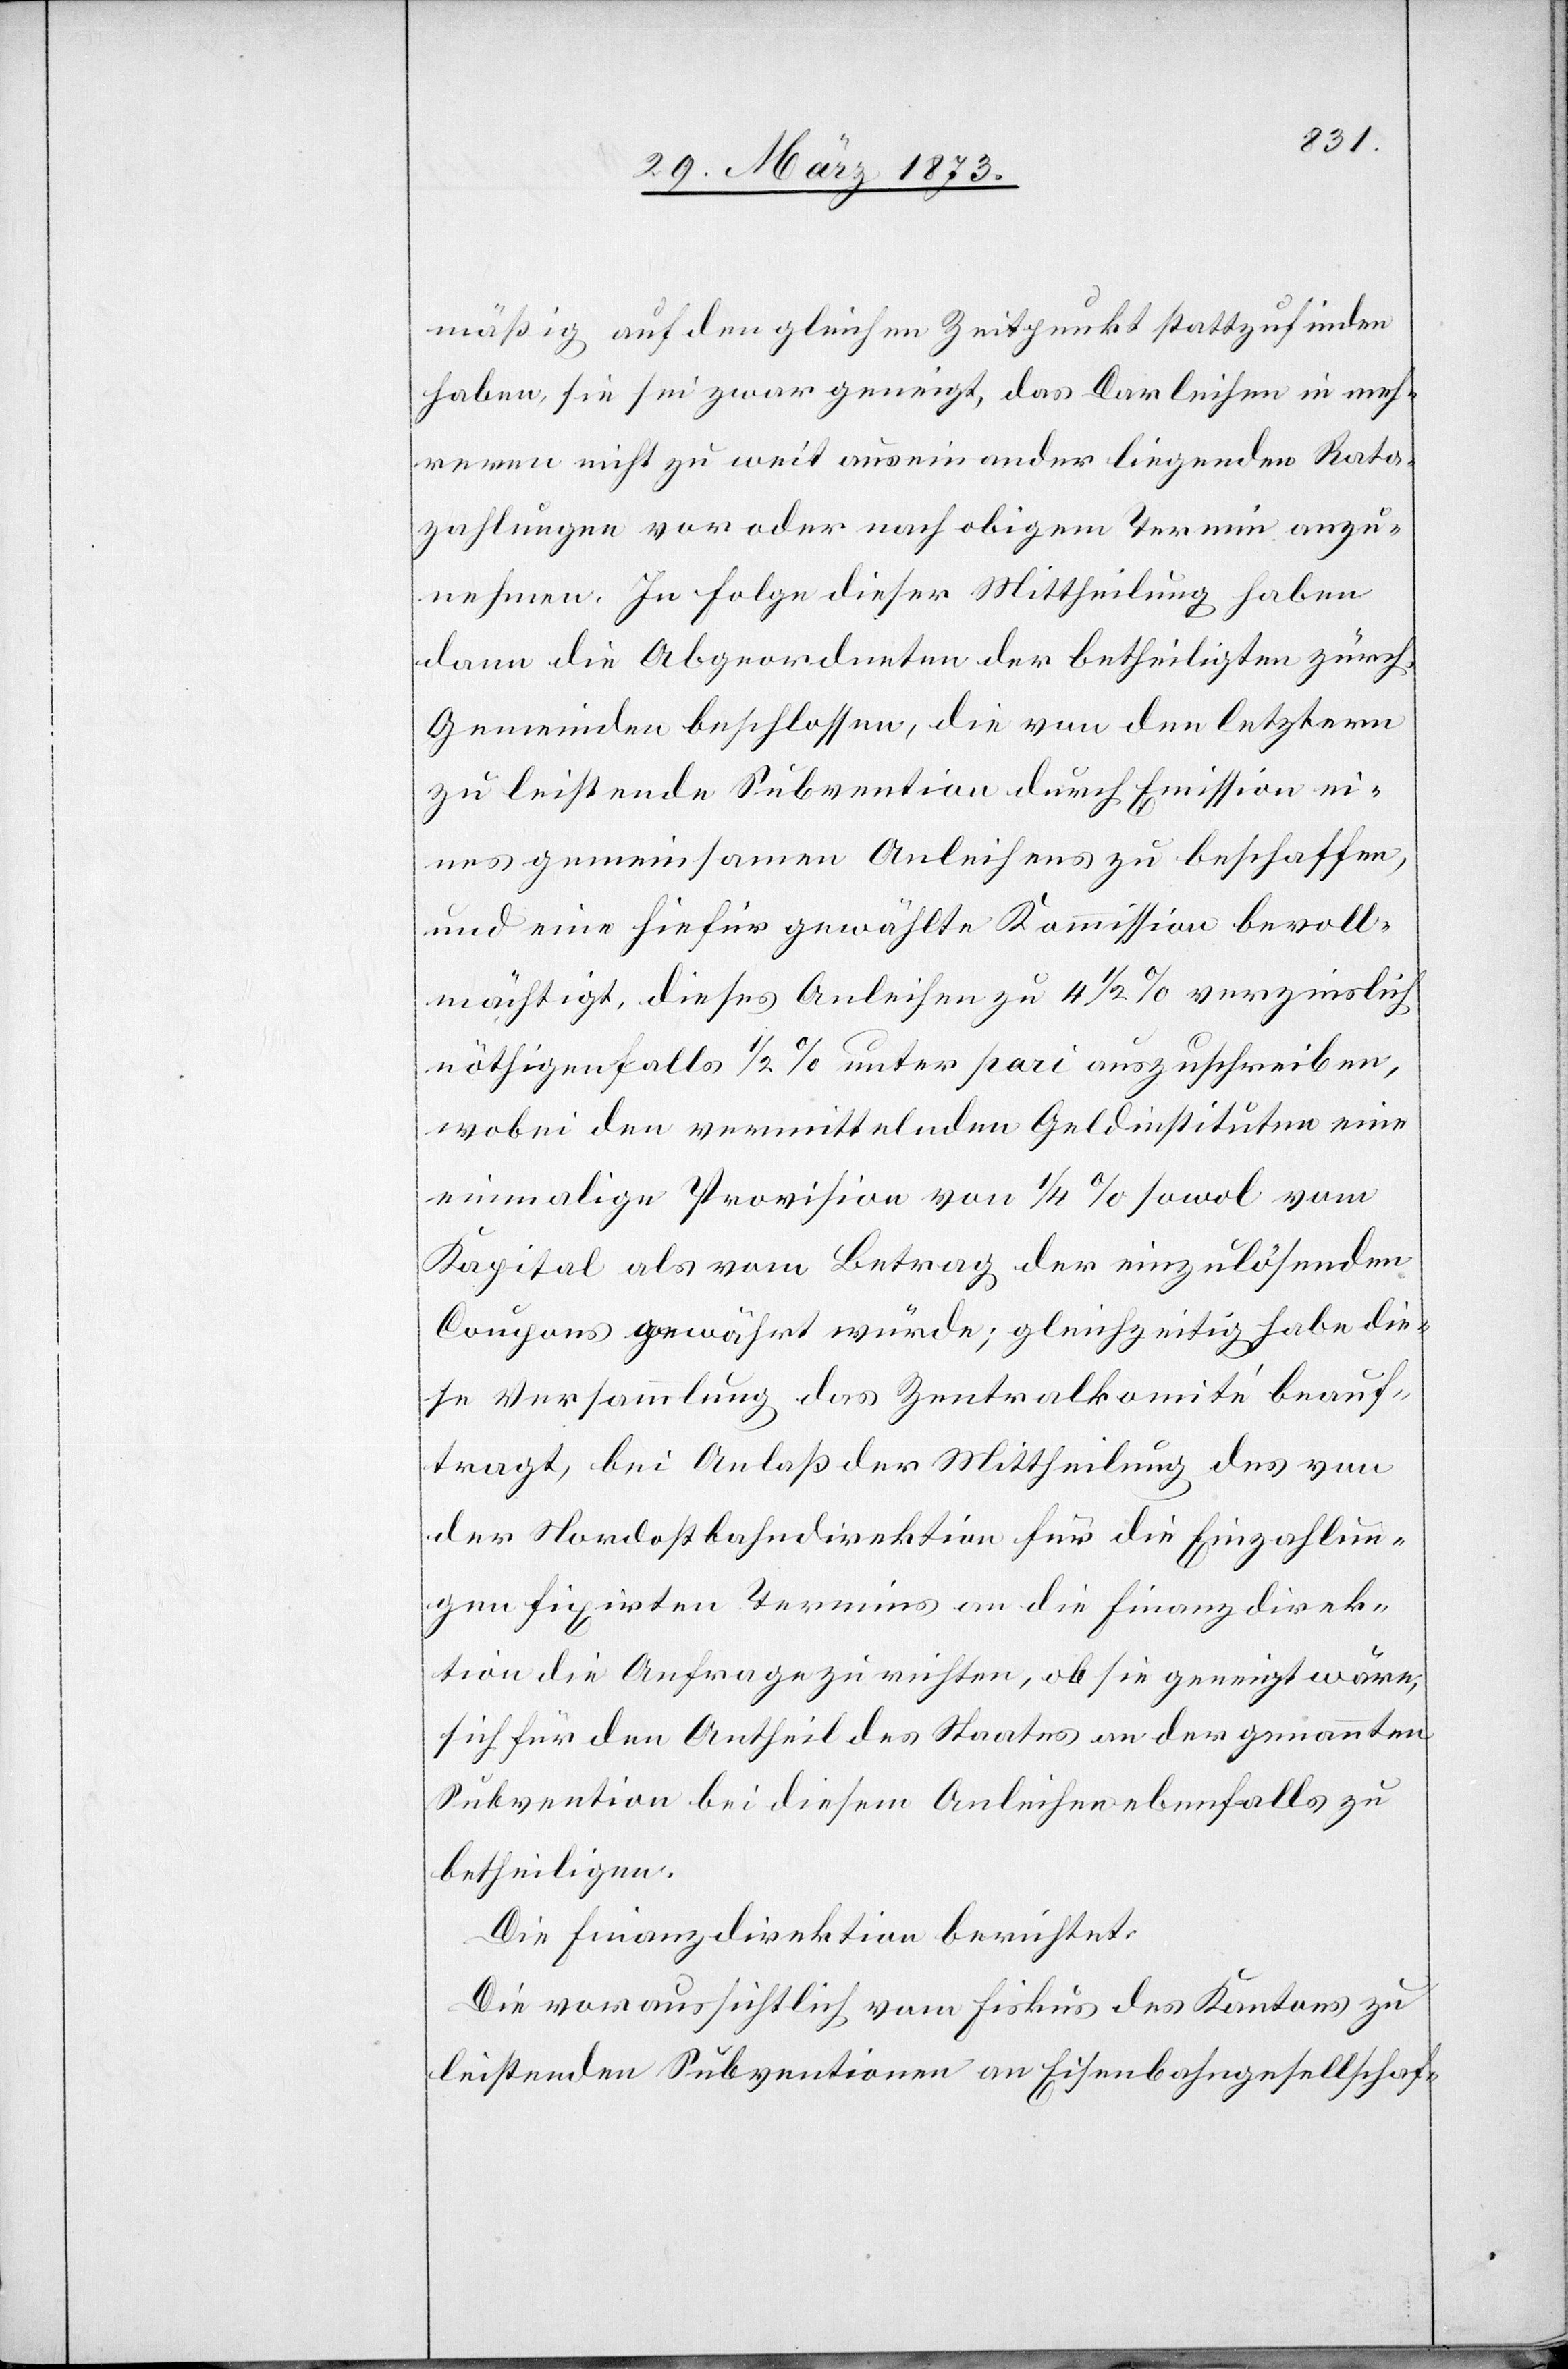
mäßig auf den gleichen Zeitpunkt stattzufinden
haben, sie sei zwar geneigt, das Darleihen in meh¬
reren nicht zu weit auseinander liegenden Rata¬
zahlungen von oder nach obigem Termin anzu¬
nehmen. In Folge dieser Mittheilung haben
dann die Abgeordneten der betheiligten zürch.
Gemeinden beschlossen, die von den letztern
zu leistende Subvention durch Emission ei¬
nes gemeinsamen Anleihens zu beschaffen,
und eine hiefür gewählte Kommission bevoll¬
mächtigt, dieses Anleihen zu 4 1/2 % verzinslich
nöthigenfalls 1/2 % unter pari auszuschrieben,
wobei den vermittelnden Geldinstituten eine
einmalige Provision von 1/4 % sowol vom
Kapital als vom Betrag der einzulösenden
Coupons gewährt würde; gleichzeitig habe die¬
se Versammlung das Zentralkomité beauf¬
tragt, bei Anlaß der Mittheilung des von
der Nordostbahndirektion für die Einzahlun¬
gen fixirten Termins an die Finanzdirek¬
tion die Anfrage zu richten, ob sie geneigt wäre,
sich für den Antheil des Staates an der genannten
Subvention bei diesem Anleihen ebenfalls zu
betheiligen.
Die Finanzdirektion berichtet:
Die voraussichtlich vom Fiskus des Kantons zu
leistenden Subventionen an Eisenbahngesellschaf-